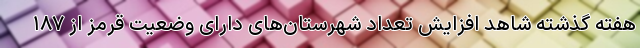
هفته‌ گذشته شاهد افزایش تعداد شهرستان‌های دارای وضعیت قرمز از ۱۸۷